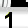
Digit: 1